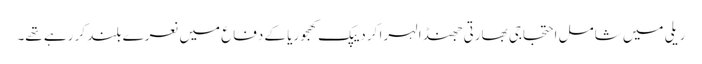
ریلی میں شامل احتجاجی بھارتی جھنڈا لہرا کر دیپک کھجوریا کے دفاع میں نعرے بلند کر رہے تھے۔